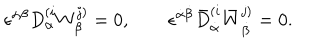
\epsilon ^ { \alpha \beta } D _ { \alpha } ^ { ( i } W _ { \beta } ^ { j ) } = 0 , \qquad \epsilon ^ { \dot { \alpha } \dot { \beta } } \bar { D } _ { \dot { \alpha } } ^ { ( i } \bar { W } _ { \dot { \beta } } ^ { j ) } = 0 .